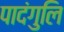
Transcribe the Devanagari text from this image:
पादंगुलि